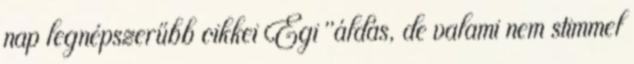
nap legnépszerűbb cikkei Égi "áldás, de valami nem stimmel